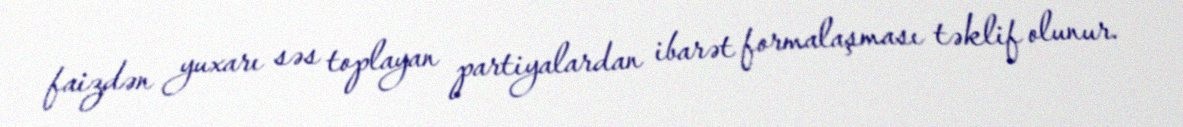
faizdən yuxarı səs toplayan partiyalardan ibarət formalaşması təklif olunur.